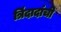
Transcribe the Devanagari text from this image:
त्रिंदादांची